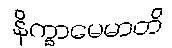
နိက္ခာမေမာတိ